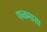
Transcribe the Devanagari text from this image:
फळमाशा